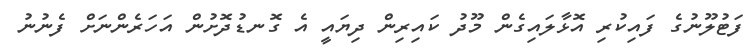
ފަޓުލޫނުގެ ފައިކުރި އޮޅާލައިގެން މޫދު ކައިރިން ދިޔައީ އެ ގޮނޑުދޮށުން އަހަރެންނަށް ފެނުނު